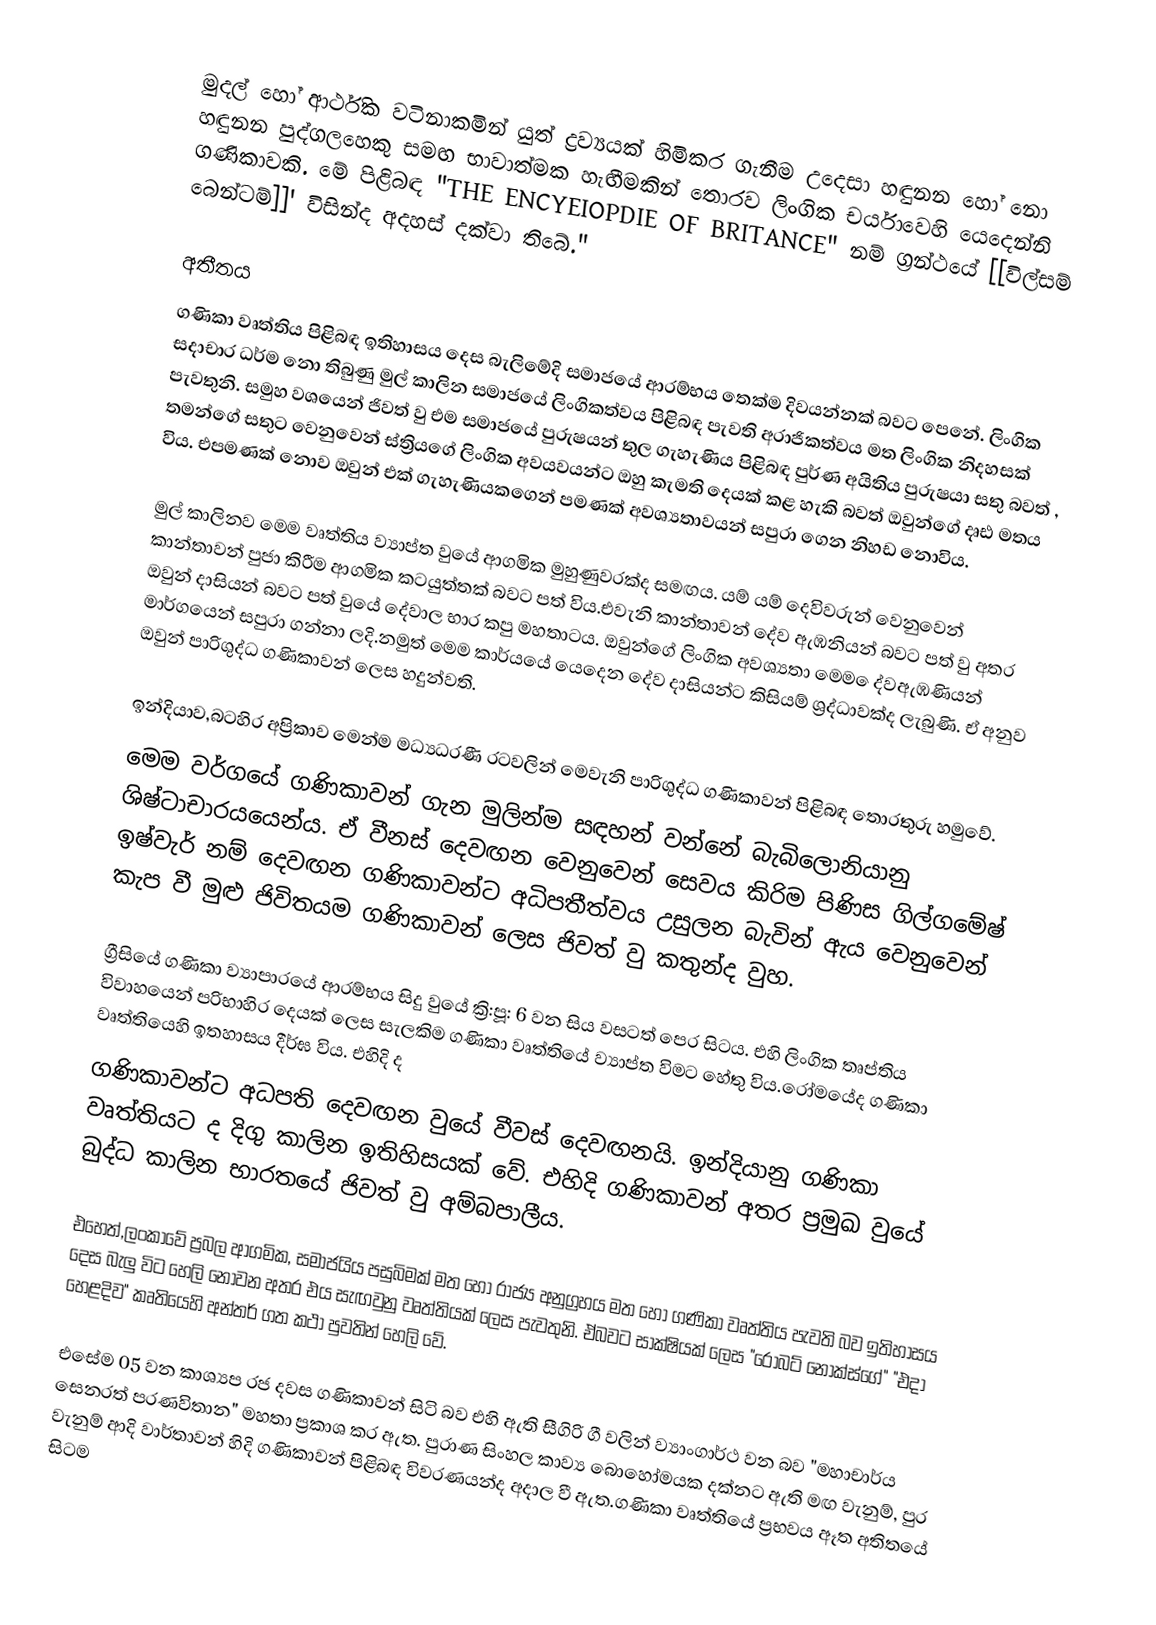
මුදල් හෝ ආර්ථික වටිනාකමින් යුත් ද්‍රව්‍යයක් හිමිකර ගැනීම උදෙසා හඳුනන හෝ නො හඳුනන පුද්ගලහෙකු සමඟ භාවාත්මක හැඟීමකින් තොරව ලිංගික චර්යාවෙහි යෙදෙන්නි ගණිකාවකි. මේ පිළිබඳ "THE ENCYEIOPDIE OF BRITANCE" නම් ග්‍රන්ථයේ [[විල්සම් බෙන්ටම්]]' විසින්ද අදහස් දක්වා තිබේ."

අතීතය
ගණිකා වෘත්තිය පිළිබඳ ඉතිහාසය දෙස බැලිමේදි සමාජයේ ආරම්භය තෙක්ම දිවයන්නක් බවට පෙනේ. ලිංගික සදාචාර ධර්ම නො තිබුණු මුල් කාලින සමාජයේ ලිංගිකත්වය පිළිබඳ පැවති අරාජිකත්වය මත ලිංගික නිදහසක් පැවතුනි. සමුහ වශයෙන් ජිවත් වු එම සමාජයේ පුරුෂයන් තුල ගැහැණිය පිළිබඳ පුර්ණ අයිතිය පුරුෂයා සතු බවත් , තමන්ගේ සතුට වෙනුවෙන් ස්ත්‍රියගේ ලිංගික අවයවයන්ට ඔහු කැමති දෙයක් කළ හැකි බවත් ඔවුන්ගේ දෘඪ මතය විය. එපමණක් නොව ඔවුන් එක් ගැහැණියකගෙන් පමණක් අවශ්‍යතාවයන් සපුරා ගෙන නිහඩ නොවිය.

මුල් කාලිනව මෙම වෘත්තිය ව්‍යාප්ත වුයේ ආගමික මුහුණුවරක්ද සමඟය. යම් යම් දෙවිවරුන් වෙනුවෙන් කාන්තාවන් පුජා කිරීම ආගමික කටයුත්තක් බවට පත් විය.එවැනි කාන්තාවන් දේව ඇඹනියන් බවට පත් වු අතර ඔවුන් දාසියන් බවට පත් වුයේ දේවාල භාර කපු මහතාටය. ඔවුන්ගේ ලිංගික අවශ්‍යතා මෙම ෙද්වඇඹණියන් මාර්ගයෙන් සපුරා ගන්නා ලදි.නමුත් මෙම කාර්යයේ යෙදෙන දේව දාසියන්ට කිසියම් ශ්‍රද්ධාවක්ද ලැබුණි. ඒ අනුව ඔවුන් පාරිශුද්ධ ගණිකාවන් ලෙස හදුන්වති.

ඉන්දියාව,බටහිර අප්‍රිකාව මෙන්ම මධ්‍යධරණී රටවලින් මෙවැනි පාරිශුද්ධ ගණිකාවන් පිළිබඳ තොරතුරු හමුවේ.
මෙම වර්ගයේ ගණිකාවන් ගැන මුලින්ම සඳහන් වන්නේ බැබිලොනියානු ශිෂ්ටාචාරයයෙන්ය. ඒ වීනස් දෙවඟන වෙනුවෙන් සෙවය කිරිම පිණිස ගිල්ගමේෂ් ඉෂ්වැර් නම් දෙවඟන ගණිකාවන්ට අධිපතීත්වය උසුලන බැවින් ඇය වෙනුවෙන් කැප වී මුළු ජිවිතයම ගණිකාවන් ලෙස ජිවත් වු කතුන්ද වුහ.

ග්‍රීසියේ ගණිකා ව්‍යාපාරයේ ආරම්භය සිදු වුයේ ක්‍රි:පූ: 6 වන සිය වසටත් පෙර සිටය. එහි ලිංගික තෘප්තිය විවාහයෙන් පරිභාහිර දෙයක් ලෙස සැලකිම ගණිකා වෘත්තියේ ව්‍යාප්ත විමට හේතු විය.රෝමයේද ගණිකා වෘත්තියෙහි ඉතහාසය දීර්ඝ විය. එහිදි ද
ගණිකාවන්ට අධපති දෙවඟන වුයේ වීවස් දෙවඟනයි. ඉන්දියානු ගණිකා වෘත්තියට ද දිගු කාලින ඉතිහිසයක් වේ. එහිදි ගණිකාවන් අතර ප්‍රමුඛ වුයේ බුද්ධ කාලින භාරතයේ ජිවත් වු අම්බපාලීය.

එහෙත්,ලංකාවේ ප්‍රබල ආගමික, සමාජයිය පසුබිමක් මත හෝ රාජ්‍ය අනුග්‍රහය මත හෝ ගණිකා වෘත්තිය පැවති බව ඉතිහාසය දෙස බැලු විට හෙලි නොවන අතර එය සැඟවුනු වෘත්තියක් ලෙස පැවතුනි. ඒබවට සාක්ෂියක් ලෙස "රොබට් නොක්ස්ගේ" "එදා හෙළදිව" කෘතියෙහි අන්තර් ගත කථා පුවතින් හෙලි වේ.

එසේම 05 වන කාශ්‍යප රජ දවස ගණිකාවන් සිටි බව එහි ඇති සීගිරි ගී වලින් ව්‍යාංගාර්ථ වන බව "මහාචාර්ය සෙනරත් පරණවිතාන" මහතා ප්‍රකාශ කර ඇත. පුරාණ සිංහල කාව්‍ය බොහෝමයක දක්නට ඇති මඟ වැනුම්, පුර වැනුම් ආදි වාර්තාවන් හිදි ගණිකාවන් පිළිබඳ විවරණයන්ද අදාල වී ඇත.ගණිකා වෘත්තියේ ප්‍රභවය ඈත අතිතයේ සිටම